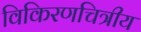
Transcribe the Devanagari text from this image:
विकिरणचित्रीय